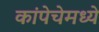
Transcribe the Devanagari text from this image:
कांपेचेमध्ये